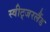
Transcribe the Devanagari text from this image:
स्वीट्‍जरलैंड